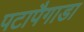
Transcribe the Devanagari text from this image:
पटापैगाडा